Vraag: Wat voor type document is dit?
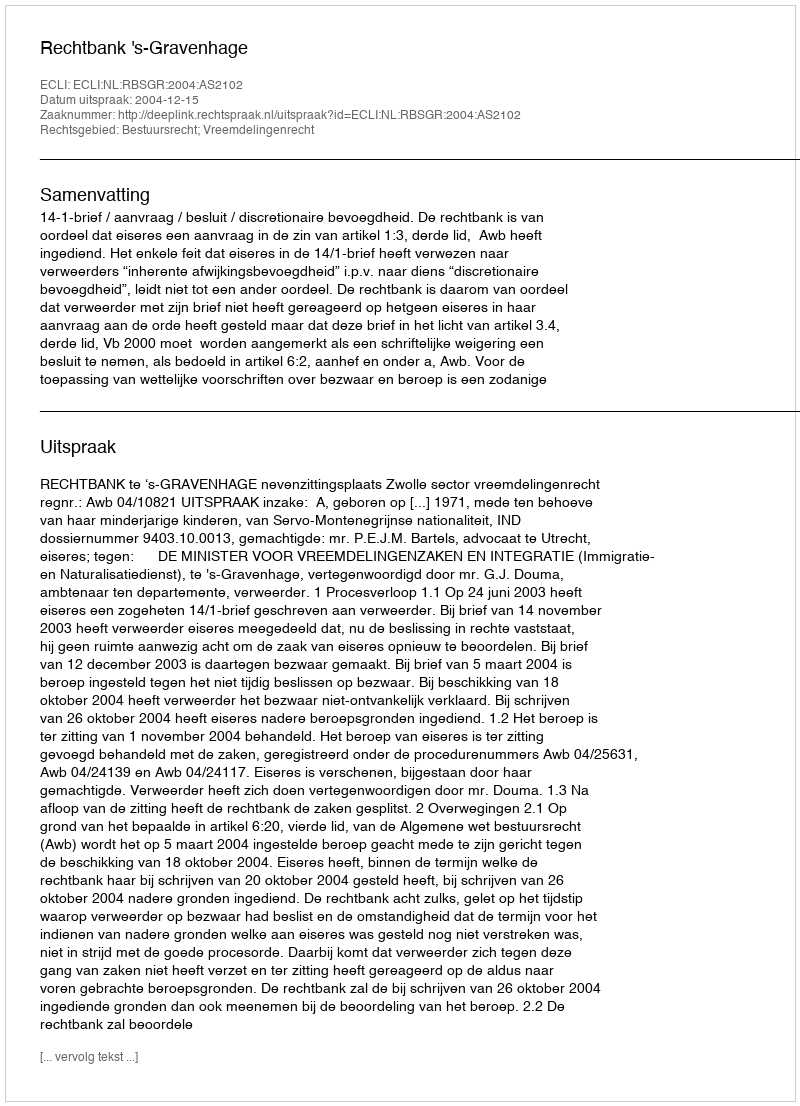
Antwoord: Uitspraak